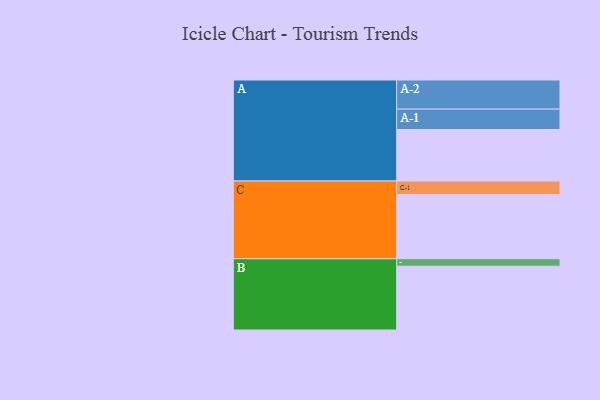
{"axis": {"x": "Segment", "y": "Value"}, "legend": ["", "A", "B", "C"], "data": [{"x": "A", "y": 457, "type": ""}, {"x": "B", "y": 566, "type": ""}, {"x": "C", "y": 569, "type": ""}, {"x": "A-1", "y": 181, "type": "A"}, {"x": "A-2", "y": 258, "type": "A"}, {"x": "B-1", "y": 66, "type": "B"}, {"x": "C-1", "y": 120, "type": "C"}]}